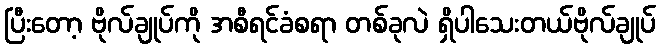
ပြီးတော့ ဗိုလ်ချုပ်ကို အစီရင်ခံစရာ တစ်ခုလဲ ရှိပါသေးတယ်ဗိုလ်ချုပ်